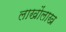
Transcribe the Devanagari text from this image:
लाखोंलाख